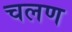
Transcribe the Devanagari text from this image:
चलण